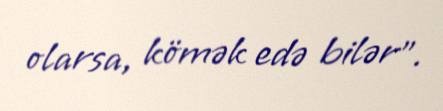
olarsa, kömək edə bilər”.